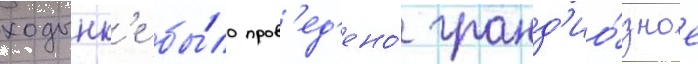
ходынк'е бы́ло пров'ед'ено́ гранд'ио́зное